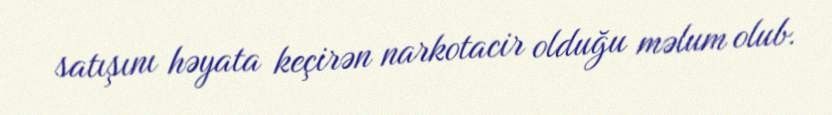
satışını həyata keçirən narkotacir olduğu məlum olub.